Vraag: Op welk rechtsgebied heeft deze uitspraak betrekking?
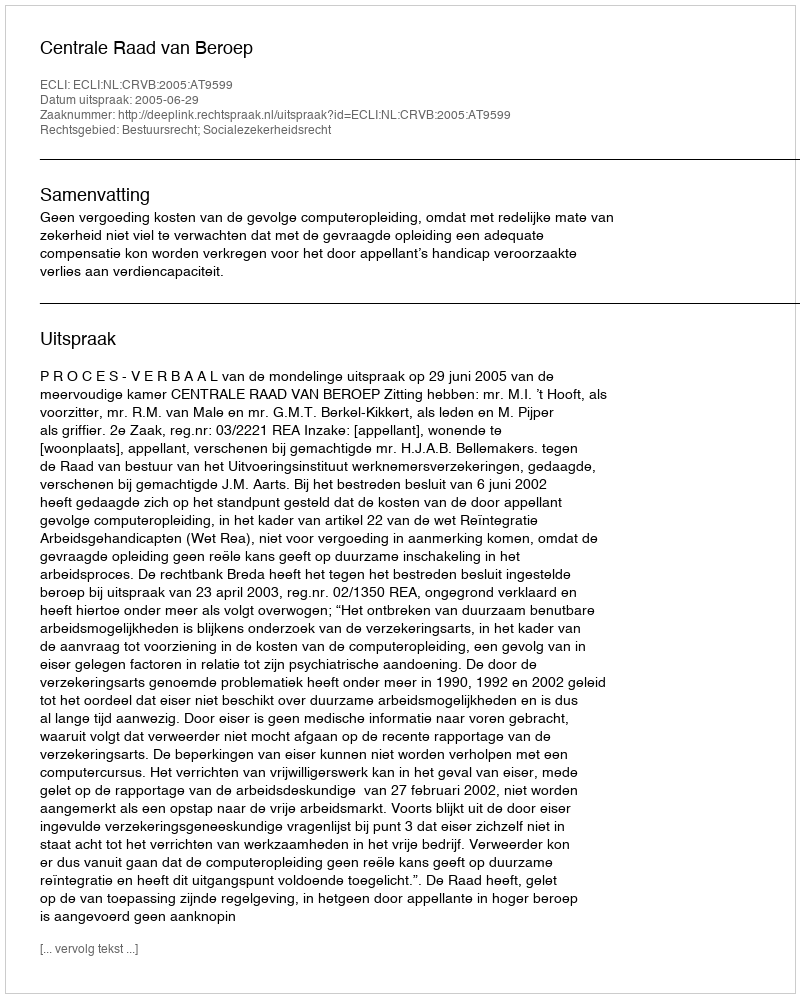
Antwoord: Bestuursrecht; Socialezekerheidsrecht